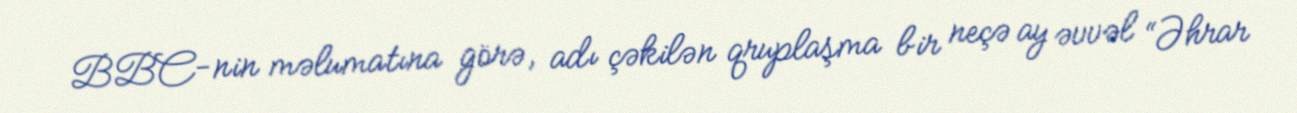
BBC-nin məlumatına görə, adı çəkilən qruplaşma bir neçə ay əvvəl “Əhrar